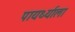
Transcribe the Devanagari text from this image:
पायर्थ्याला